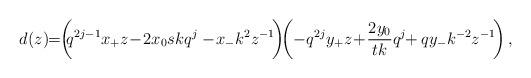
LaTeX: \begin{align*} d(z)\!\!=\!\! \left (\!\! q^{2j-1}x_{+}z\! -\! 2x_0skq^{j}\phantom{\frac{q^j}{s}}\!\!\!\!\!\!-\! x_{-}k^2 z^{-1}\! \right )\!\! \left ( -q^{2j}y_{+}z\! +\! \frac{2y_0 }{tk}q^{j}\!\! +qy_{-}k^{-2}z^{-1}\! \right ),\end{align*}